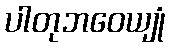
ပါတုဘဝေယျုံ